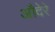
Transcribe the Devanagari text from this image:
औदेरे